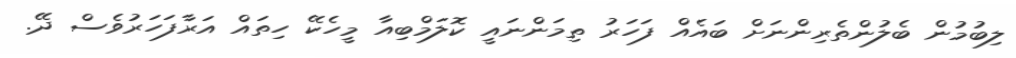
ލިބުމުން ބެލުންތެރިންނަށް ބައެއް ފަހަރު ތިމަންނައީ ކޮލަމްބިއާ މީހެކޭ ހިތައް އަރާފަހަރުވެސް ދޭ.